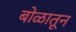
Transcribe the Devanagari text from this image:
बोळातून